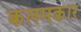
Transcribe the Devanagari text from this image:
कलमकार